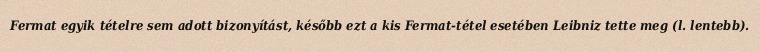
Fermat egyik tételre sem adott bizonyítást, később ezt a kis Fermat-tétel esetében Leibniz tette meg (l. lentebb).